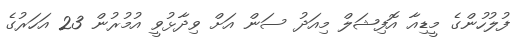
ފުލުހުންގެ މީޑިއާ އޮފިޝަލް މިއަދު ސަން އަށް ވިދާޅުވީ އުމުރުން 23 އަހަރުގެ